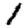
Digit: 1